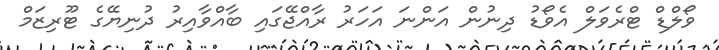
ވޯލްޑް ޓްރެވަލް އެވޯޑު ދިނުން އަންނަ އަހަރު ރާއްޖޭގައި ބާއްވާއިރު ދުނިޔޭގެ ޓޫރިޒަމް